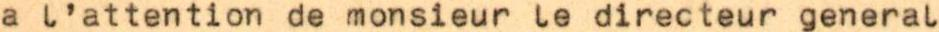
a l'attention de monsieur le directeur general